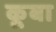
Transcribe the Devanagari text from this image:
कूबा